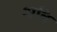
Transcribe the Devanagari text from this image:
श्ववि